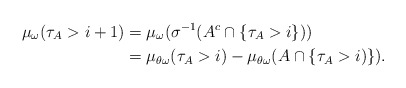
\begin{align*}\mu_\omega(\tau_A>i+1)&=\mu_\omega( \sigma^{-1}(A^c\cap \{\tau_A>i\})) \\&=\mu_{\theta\omega}(\tau_A>i)-\mu_{\theta\omega}(A\cap\{\tau_A>i)\}).\end{align*}